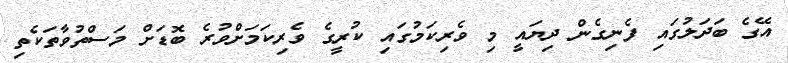
އޭގެ ބަދަލުގައި ފެނިގެން ދިޔައީ މި ވެރިކަމުގައި ކުރީގެ ވެރިކަމަށްވުރެ ބޮޑަށް މަސްތުވާތަކެތި